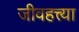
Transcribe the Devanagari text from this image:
जीवहत्त्या